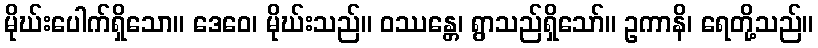
မိုဃ်းပေါက်ရှိသော။ ဒေဝေ၊ မိုဃ်းသည်။ ဝဿန္တေ၊ ရွာသည်ရှိသော်။ ဥကာနိ၊ ရေတို့သည်။